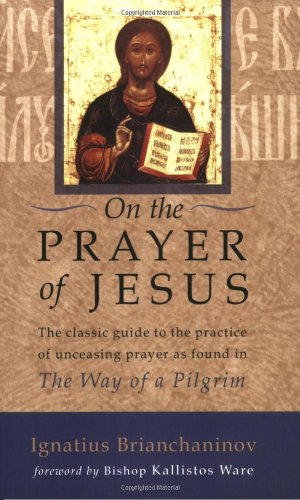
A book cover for On the Prayer of Jesus; Ignatius Brianchaninov; Christian Books & Bibles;